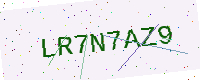
Text: LR7N7AZ9